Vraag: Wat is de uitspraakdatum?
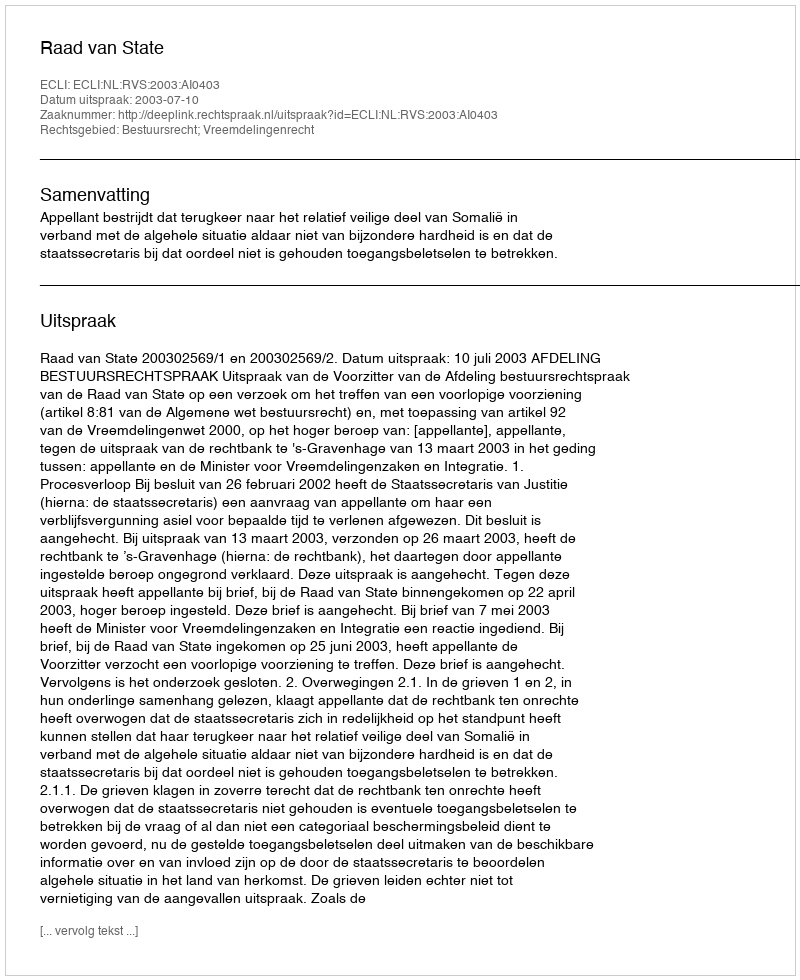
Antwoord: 2003-07-10